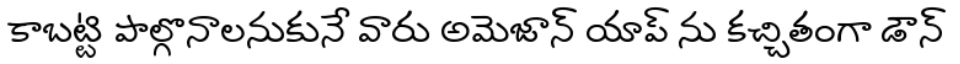
కాబట్టి పాల్గొనాలనుకునే వారు అమెజాన్ యాప్ ను కచ్చితంగా డౌన్